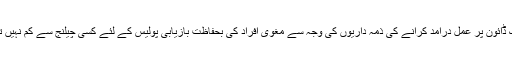
لاک ڈائون پر عمل درآمد کرانے کی ذمہ داریوں کی وجہ سے مغوی افراد کی بحفاظت بازیابی پولیس کے لئے کسی چیلنج سے کم نہیں تھی۔